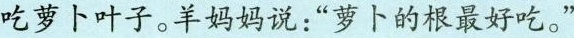
吃萝卜叶子。羊妈妈说：“萝卜的根最好吃”